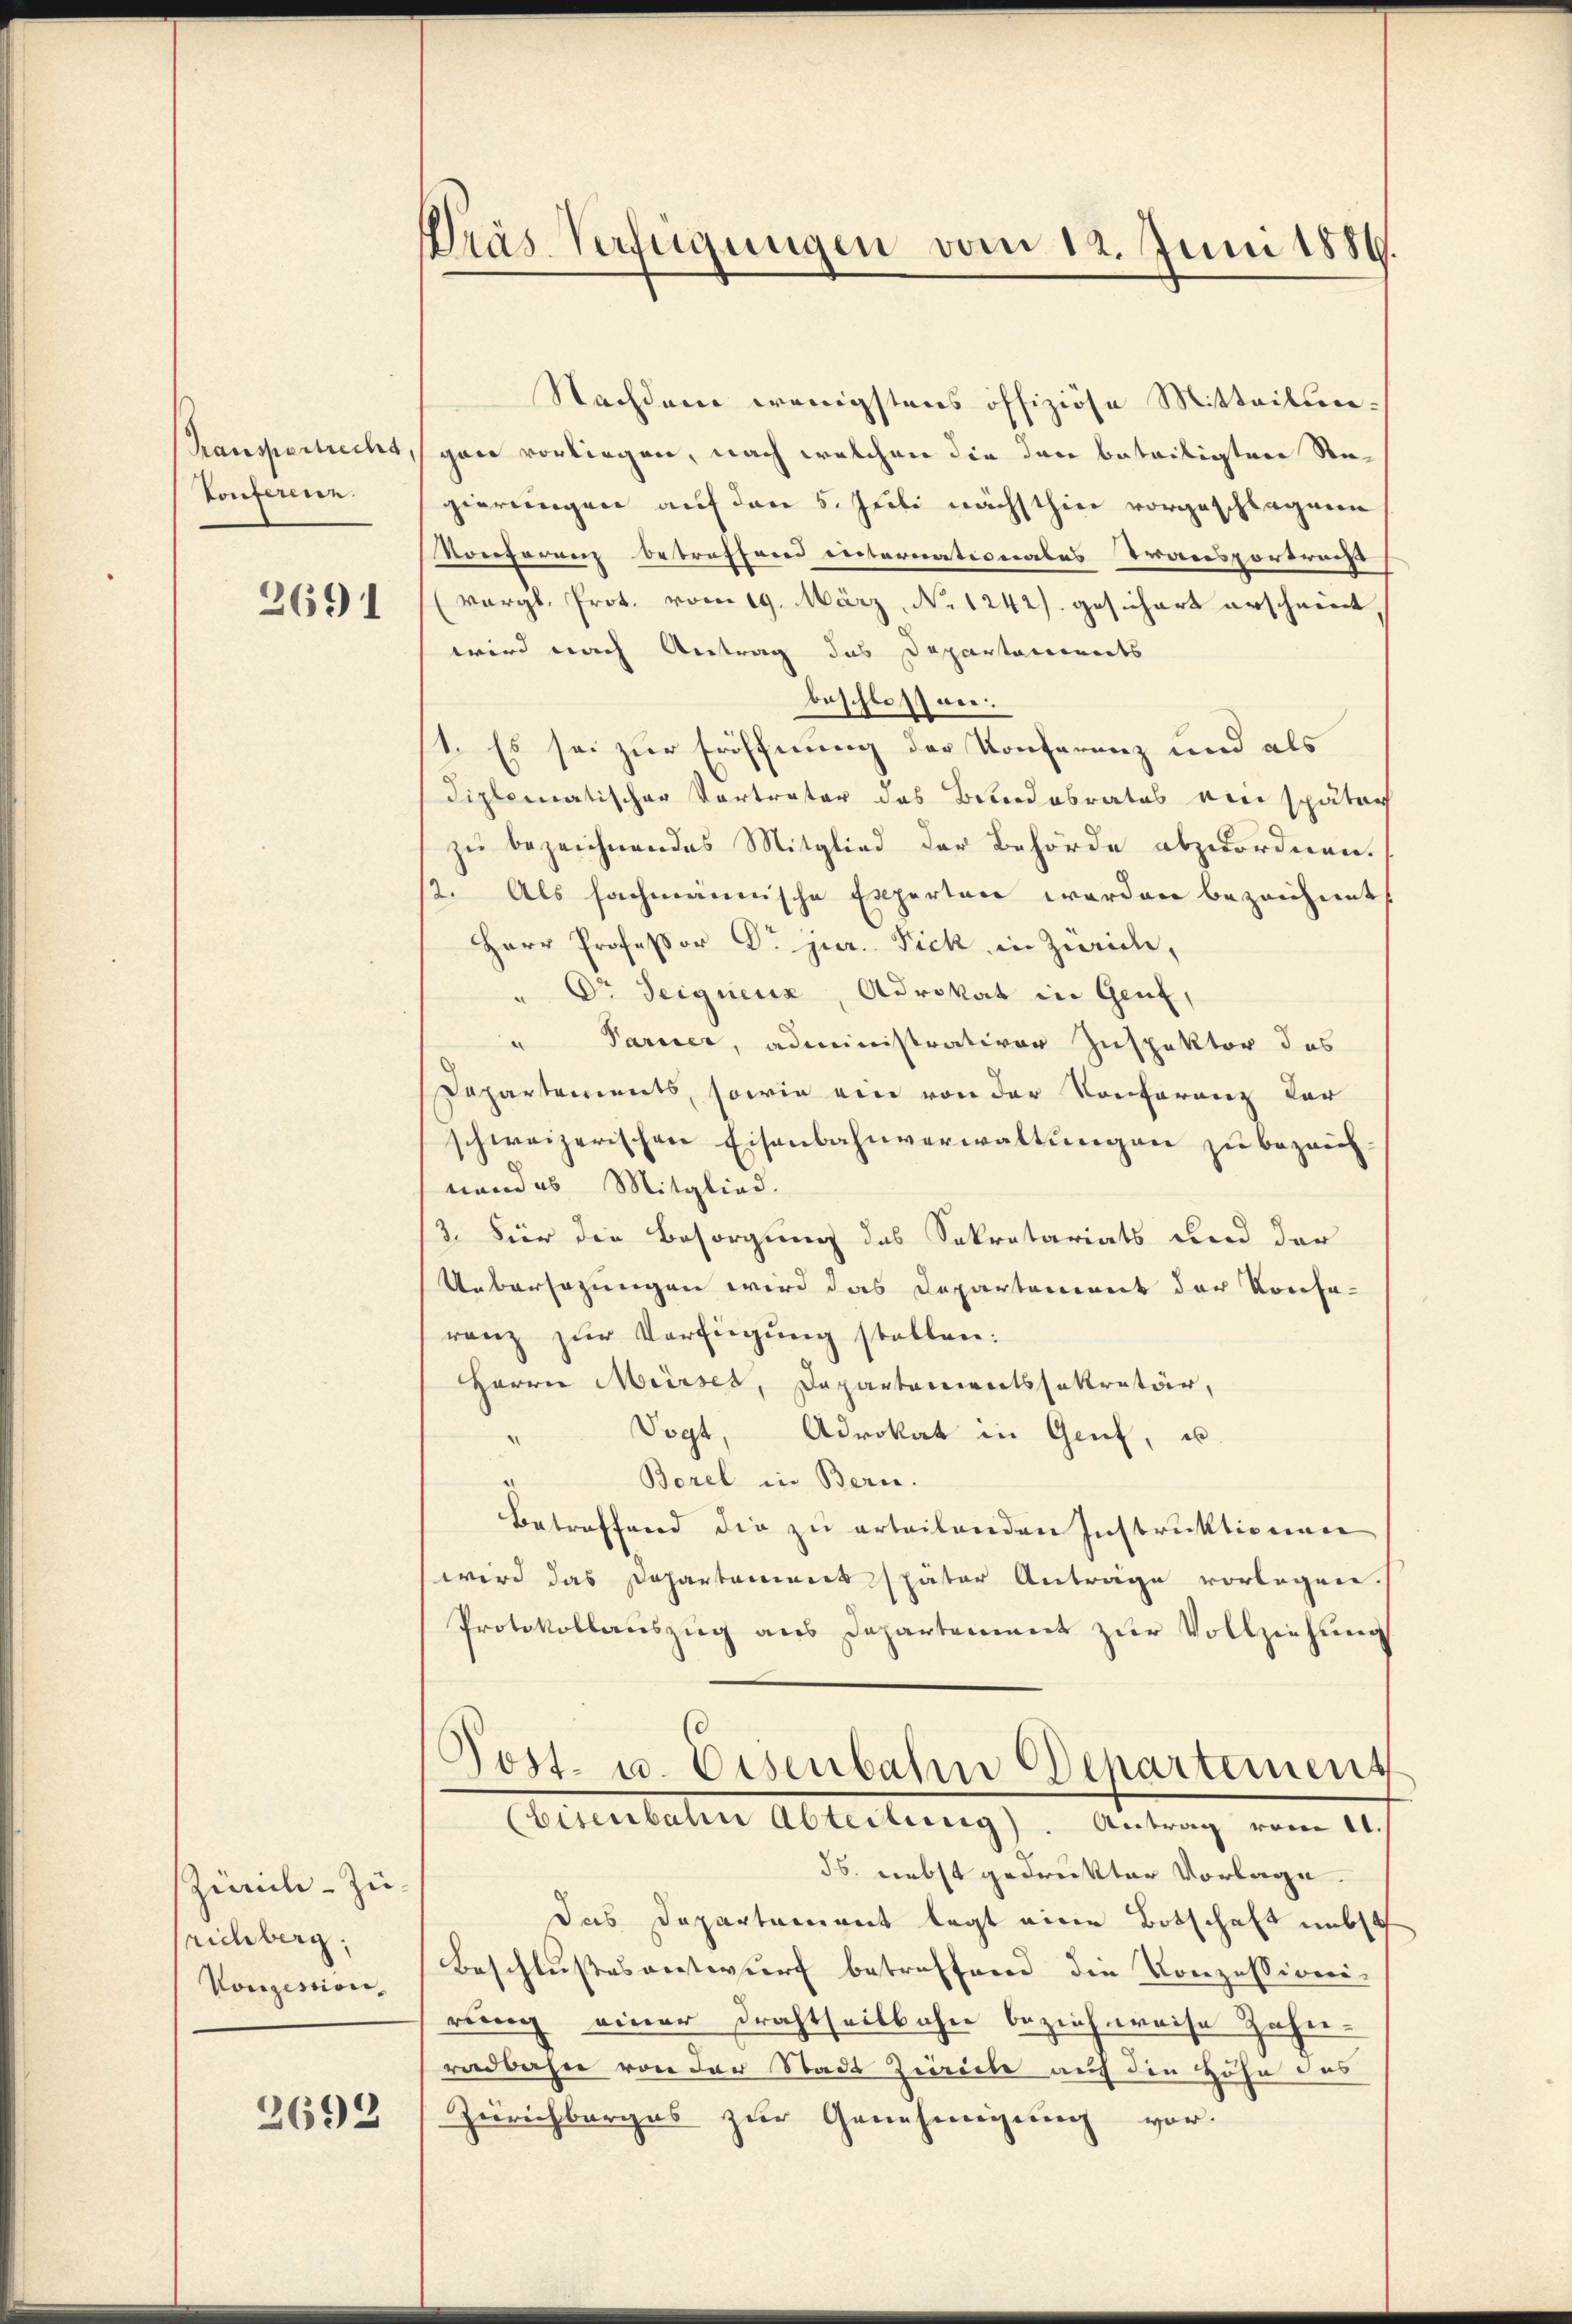
Krausgestrecht,
Ponferen.

2691

Zürich - Zu-
richberg.
Konzession

2692

Präs. Verfügungen vom 12. Juni 1889.

Nachdem wenigstens offiziöse Mitteilungan vorliegen, nach welchen die den beteiligten Regierungen auf den 5. Juli nächsthin vorgeschlagene
Konferenz betreffend internationales Transportracht
(vergl. Prot. vom 19. März, No 1242). gesichert erscheint
wird nach Antrag das Departements
beschlossen.
1. Es sei zur Eröffnung der Konferenz und als
diplomatischer Vortreter des Bandobrates ein später
zu bezeichnendes Mitglied der Behörde abzuordnen.
2. Als fachmännische Experten werden bezeichnet
Herr Professor Dr. jur. Fick in Zürich,
" Dr. Seiquenz, Advokat in Genf,
" Paruer, administrativer Inspektor das
Departements, sowie ein von der Konferenz der
schweizerischen Eisenbahnverwaltungen zu bezeichnandes Mitglied.
/3. Für die Besorgung des Sekretariats und der
Uebersezungen wird das Departement der Konse-
ranz zur Verfügung stellen:
Herrn Mürses, Departamentssekretär,
Vogt, Advokat in Genf, u.
.
Borel in Bern.
Betreffend die zu erteilenden Instruktionen
wird das Departement später Anträge vorlegen.
Protokollauszug aus Departement zur Vollziehung
Post- u. Eisenbahn Departement
(Eisenbahn Abteilung). Antrag vom 11.
ds. nebst gedruckter Vorlage.
das Departement legt eine Botschaft unbe
Beschlusses antwurf betreffend die Konzessioni
rung einer Drahtheilbahn bezieh weise Zahn-
radbahn von der Stadt Zürich auf den Höhe das
Zürichberges zur Genehmigung vor.